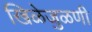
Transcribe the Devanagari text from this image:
खिळेजुळणी